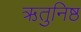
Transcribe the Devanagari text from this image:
ऋतुनिष्ठ